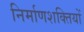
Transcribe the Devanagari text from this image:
निर्माणशक्तियों